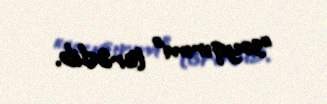
“soyqırım” törədib.